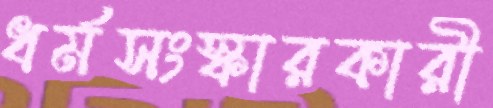
ধর্মসংস্কারকারী